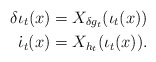
\begin{align*}\delta\iota_t(x)=X_{\delta g_t}(\iota_t(x))\\\dot{\iota}_t(x)=X_{h_t}(\iota_t(x)).\end{align*}